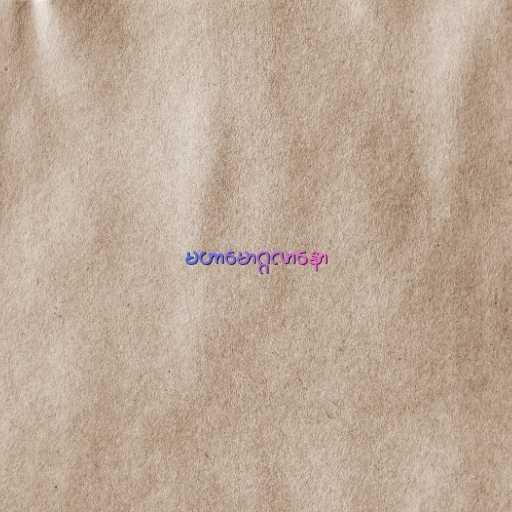
မဟာမောဂ္ဂလာနော